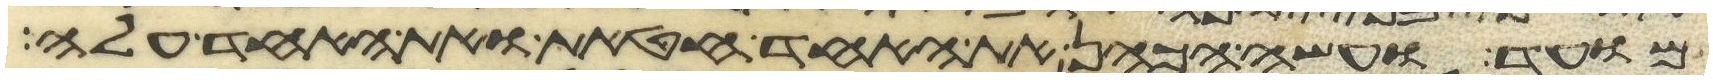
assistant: מועד ועשה הכהן את האחד חטאת ואת האחד עלה